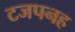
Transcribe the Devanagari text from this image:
टजपनह